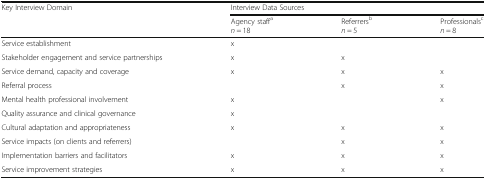
<table><thead><tr><td><b>Key Interview Domain</b></td><td colspan="3"><b>Interview Data Sources</b></td></tr><tr><td></td><td><b>Agency staff<sup>a</sup><i>n</i> = 18</b></td><td><b>Referrers<sup>b</sup><i>n</i> = 5</b></td><td><b>Professionals<sup>c</sup><i>n</i> = 8</b></td></tr></thead><tbody><tr><td>Service establishment</td><td>x</td><td></td><td></td></tr><tr><td>Stakeholder engagement and service partnerships</td><td>x</td><td>x</td><td></td></tr><tr><td>Service demand, capacity and coverage</td><td>x</td><td>x</td><td>x</td></tr><tr><td>Referral process</td><td></td><td>x</td><td>x</td></tr><tr><td>Mental health professional involvement</td><td>x</td><td></td><td>x</td></tr><tr><td>Quality assurance and clinical governance</td><td>x</td><td></td><td></td></tr><tr><td>Cultural adaptation and appropriateness</td><td>x</td><td>x</td><td>x</td></tr><tr><td>Service impacts (on clients and referrers)</td><td></td><td>x</td><td>x</td></tr><tr><td>Implementation barriers and facilitators</td><td>x</td><td>x</td><td>x</td></tr><tr><td>Service improvement strategies</td><td>x</td><td>x</td><td>x</td></tr></tbody></table>